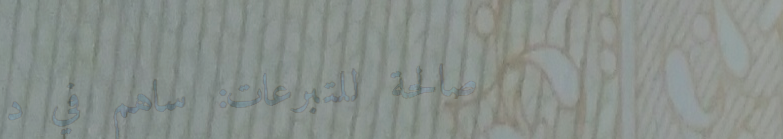
صالحة للتبرعات: ساهم في د